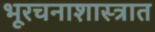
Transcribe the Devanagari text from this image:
भूरचनाशास्त्रात